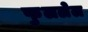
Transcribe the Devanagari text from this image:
फुललेल